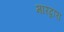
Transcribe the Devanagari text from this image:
मारद्वारा